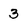
Character: 3